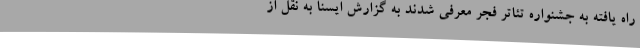
راه یافته به جشنواره تئاتر فجر معرفی شدند به گزارش ایسنا به نقل از